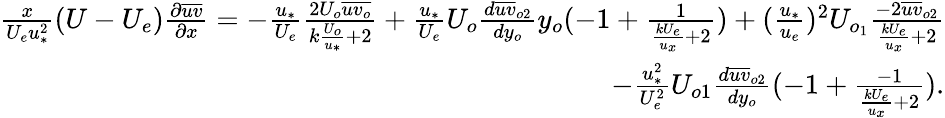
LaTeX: \begin{array}{r}{\frac{x}{U_{e}u_{*}^{2}}(U-U_{e})\frac{\partial\overline{{uv}}}{\partial x}=-\frac{u_{*}}{U_{e}}\frac{2U_{o}\overline{{uv_{o}}}}{k\frac{U_{o}}{u_{*}}+2}+\frac{u_{*}}{U_{e}}U_{o}\frac{d\overline{{uv}}_{o2}}{dy_{o}}y_{o}(-1+\frac{1}{\frac{kU_{e}}{u_{x}}+2})+(\frac{u_{*}}{u_{e}})^{2}U_{o_{1}}\frac{-2\overline{{uv}}_{o2}}{\frac{kU_{e}}{u_{x}}+2}}\\ {-\frac{u_{*}^{2}}{U_{e}^{2}}U_{o1}\frac{d\overline{{uv}}_{o2}}{dy_{o}}(-1+\frac{-1}{\frac{kU_{e}}{u_{x}}+2}).}\end{array}